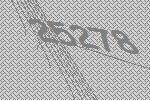
25278